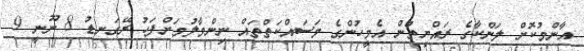
އާންމުކޮށް ލަންކާގެ ރައްޔިތުން އެމީހުންގެ މަސައްކަތްތައް ނިންމާލުމަށްފަހު ރޭގަނޑު 8 ނޫނީ 9